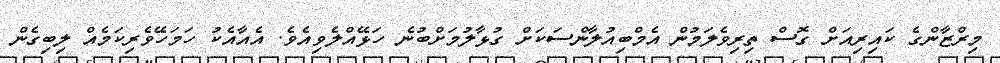
މިރްޒާންގެ ކައިރިއަށް ގޮސް ތިރިވެލަމުން އެމްބިއުލާންސަކަށް ގުޅާލުމަށްބުނެ ހަޅޭއްލެވިއެވެ. އެއާއެކު ހަމަހޭވެރިކަމެއް ލިބިގެން